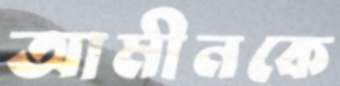
আমীনকে